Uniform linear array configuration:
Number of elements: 48
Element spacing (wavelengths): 1
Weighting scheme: binomial
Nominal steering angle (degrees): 45
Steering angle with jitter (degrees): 43.546
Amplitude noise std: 0.05
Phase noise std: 0.05

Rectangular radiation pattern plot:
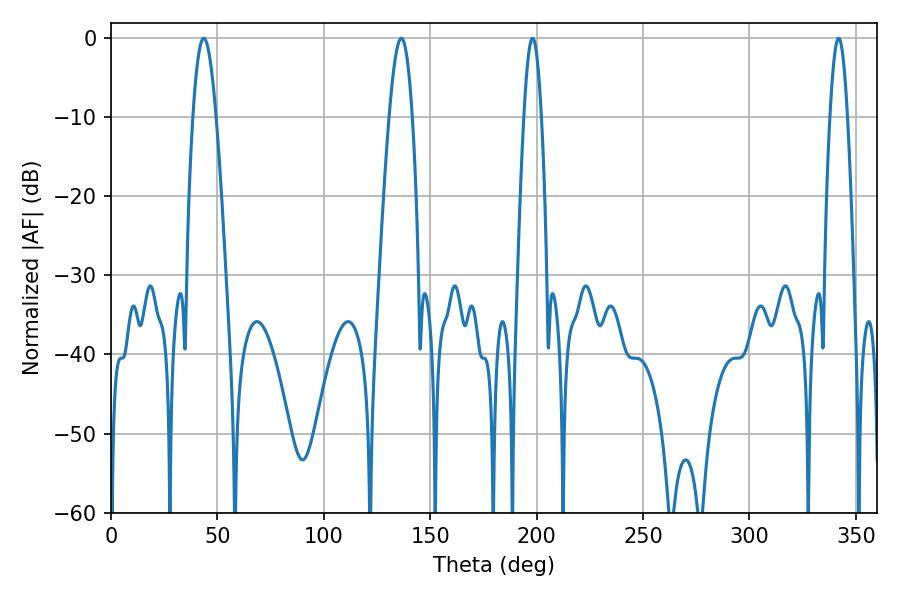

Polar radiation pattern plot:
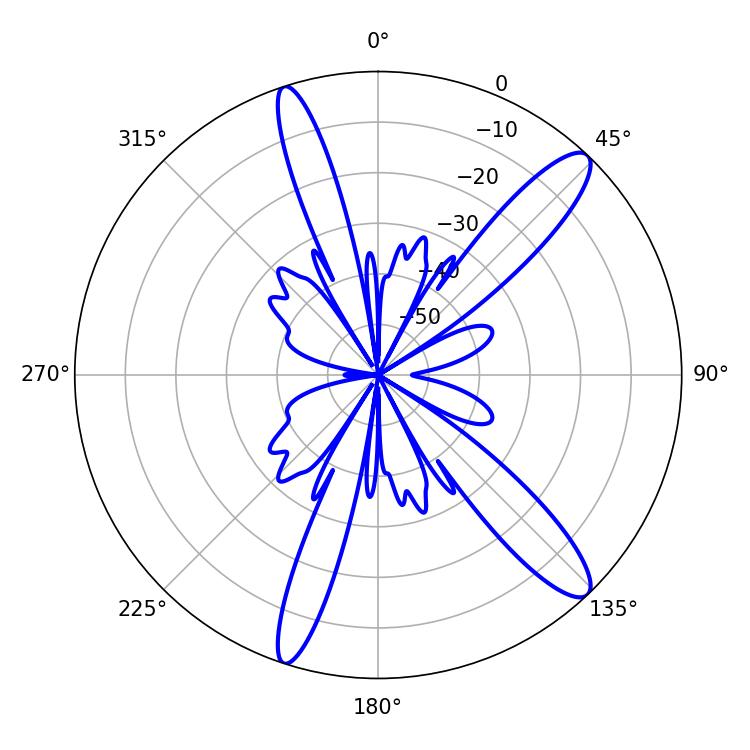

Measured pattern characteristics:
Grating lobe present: TRUE
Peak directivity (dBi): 12.926
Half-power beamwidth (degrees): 5.94
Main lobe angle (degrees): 43.56